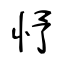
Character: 忬